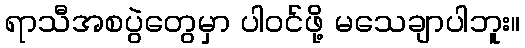
ရာသီအစပွဲတွေမှာ ပါဝင်ဖို့ မသေချာပါဘူး။